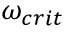
\omega _ { c r i t }